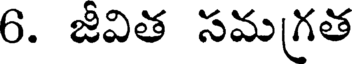
6. జీవిత సమగ్రత